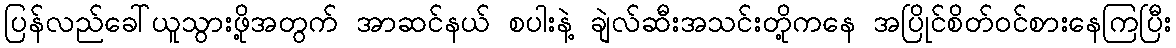
ပြန်လည်ခေါ်ယူသွားဖို့အတွက် အာဆင်နယ် စပါးနဲ့ ချဲလ်ဆီးအသင်းတို့ကနေ အပြိုင်စိတ်ဝင်စားနေကြပြီး